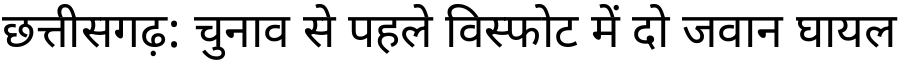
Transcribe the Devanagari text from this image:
छत्तीसगढ़: चुनाव से पहले विस्फोट में दो जवान घायल